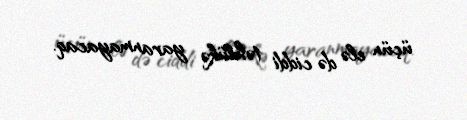
üçün elə də ciddi təhlükə yaranmayacaq.